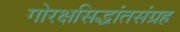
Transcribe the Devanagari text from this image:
गोरक्षसिद्धांतसंग्रह